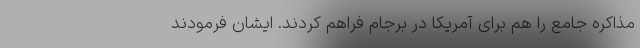
مذاکره جامع را هم برای آمریکا در برجام فراهم کردند. ایشان فرمودند